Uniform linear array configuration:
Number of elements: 48
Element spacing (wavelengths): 0.25
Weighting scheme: blackman
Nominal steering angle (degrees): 0
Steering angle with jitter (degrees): -0.4969
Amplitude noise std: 0.05
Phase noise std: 0.05

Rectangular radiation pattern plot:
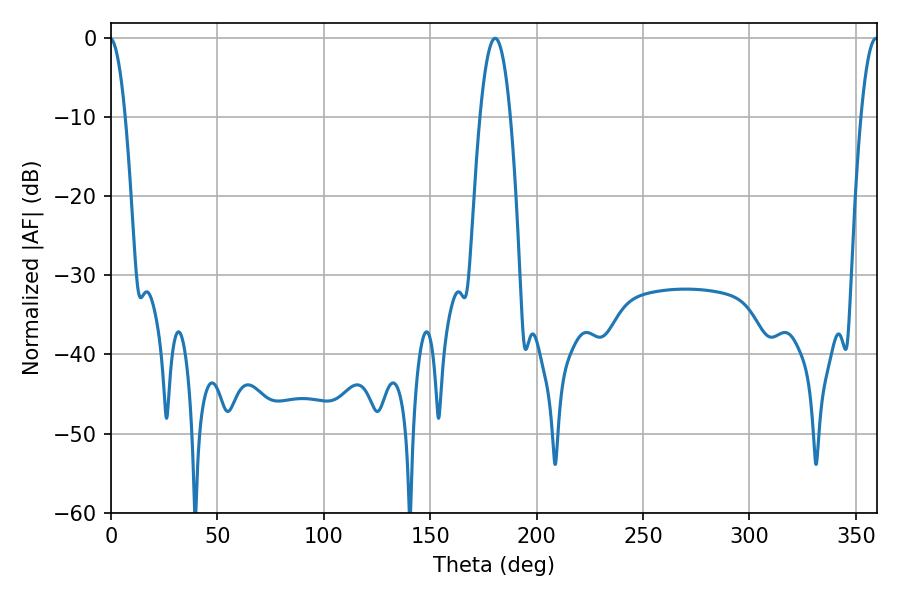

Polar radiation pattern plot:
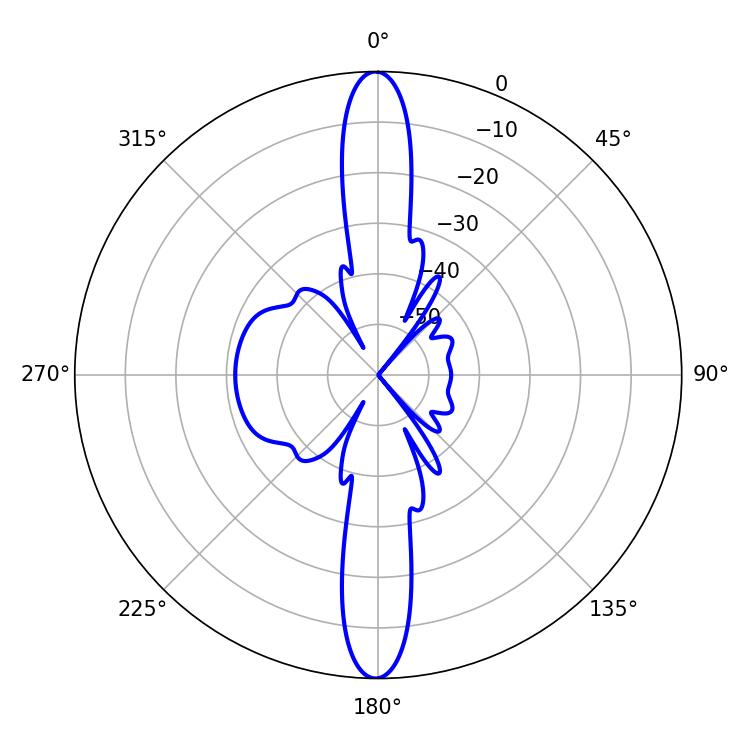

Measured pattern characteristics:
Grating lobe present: FALSE
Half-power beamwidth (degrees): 7.92
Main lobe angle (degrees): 180.54